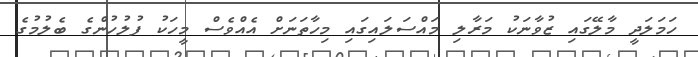
ހަމަލަދީ މާލޭގައި ޒުވާނަކު މަރާލި މައްސަލައިގައި މިހާތަނަށް އެއްވެސް މީހަކު ފުލުހުންގެ ބެލުމުގެ